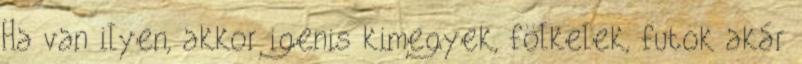
Ha van ilyen, akkor igenis kimegyek, fölkelek, futok akár